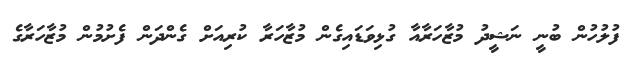
ފުލުހުން ބުނީ ނަޝީދު މުޒާހަރާއާ ގުޅިވަޑައިގެން މުޒާހަރާ ކުރިއަށް ގެންދަން ފެށުމުން މުޒާހަރާގެ